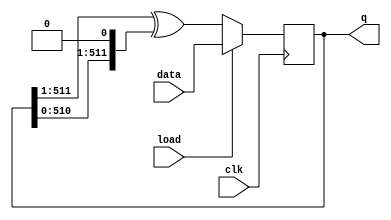
module top_module(
    input clk,
    input load,
    input [511:0] data,
    output [511:0] q ); 
	
    
      always@(posedge clk)begin
        if(load)begin
            q <= data;
        end
        else begin
            q <= {1'b0, q[511:1]} ^ {q[510:0], 1'b0};
        end
      end
    //reg	[513:0]	q_com;
    //integer i;
    //
    //always@(posedge clk)begin
    //    if(load)begin
    //        q_com <= {1'b0, data, 1'b0};
    //    end
    //    else begin
    //        for(i = 0; i <= 511; i = i + 1)begin
    //            q_com[i + 1] <= q_com[i] ^ q_com[i + 2];
    //        end
    //    end
    //end
    //
    //assign q = q_com[512:1];
endmodule